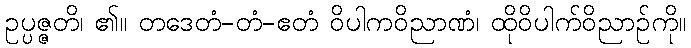
ဥပ္ပဇ္ဇတိ၊ ၏။ တဒေတံ-တံ-ဧတံ ဝိပါကဝိညာဏံ၊ ထိုဝိပါက်ဝိညာဉ်ကို။